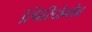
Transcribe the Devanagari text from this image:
स्पिरिदोनोव